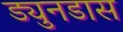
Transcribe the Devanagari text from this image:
ड्युनडास